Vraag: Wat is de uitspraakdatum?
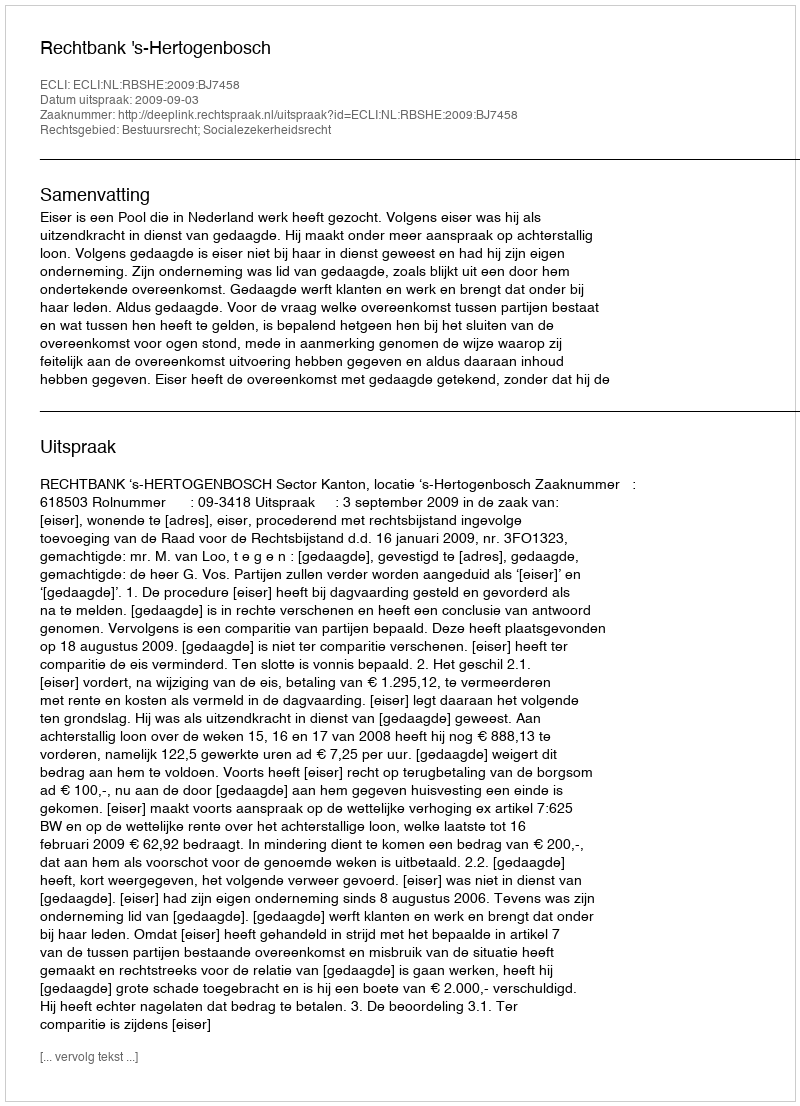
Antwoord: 2009-09-03